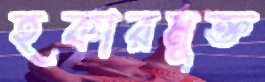
হকারমুক্ত